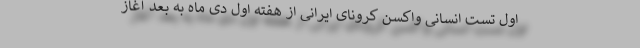
اول تست انسانی واکسن کرونای ایرانی از هفته اول دی ماه به بعد آغاز